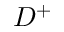
D ^ { + }